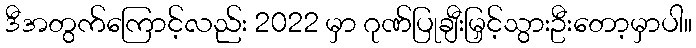
ဒီအတွက်ကြောင့်လည်း 2022 မှာ ဂုဏ်ပြုချီးမြှင့်သွားဦးတော့မှာပါ။